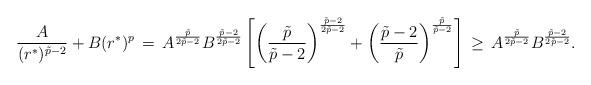
LaTeX: \begin{align*}\frac{A}{(r^*)^{ \tilde p-2}} + B(r^*)^p\,=\, A^{\frac{\tilde p}{2\tilde p-2}} B^{\frac{\tilde p-2}{2\tilde p-2}} \left[\left(\frac{\tilde p}{\tilde p-2}\right)^{\frac{\tilde p-2}{2\tilde p-2}} + \left(\frac{\tilde p-2}{\tilde p}\right)^{\frac{\tilde p}{\tilde p-2}}\right]\,\ge\, A^{\frac{\tilde p}{2\tilde p-2}} B^{\frac{\tilde p-2}{2\tilde p-2}}.\end{align*}